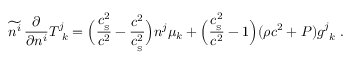
\widetilde { n ^ { i } } \, { \frac { \partial } { \partial n ^ { i } } } T _ { \ k } ^ { j } = \Big ( { \frac { c _ { _ \mathrm { S } } ^ { 2 } } { c ^ { 2 } } } - { \frac { c ^ { 2 } } { c _ { _ \mathrm { S } } ^ { 2 } } } \Big ) n ^ { j } \mu _ { k } + \Big ( { \frac { c _ { _ \mathrm { S } } ^ { 2 } } { c ^ { 2 } } } - 1 \Big ) ( \rho c ^ { 2 } + P ) g _ { \ k } ^ { j } \ .